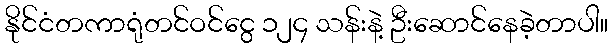
နိုင်ငံတကာရုံတင်ဝင်ငွေ ၁၂၄ သန်းနဲ့ ဦးဆောင်နေခဲ့တာပါ။